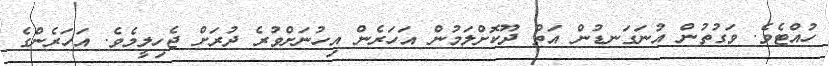
ހުއްޓެވެ. ވަގުތުން އުނަގަނޑުން އަތް ދޫކޮށްލަމުން އަހަރެން އިހުނަށްވުރެ ދުރަށް ޖެހިލީމެވެ. އަހަރެންގެ